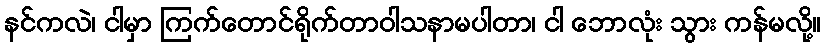
နင်ကလဲ၊ ငါမှာ ကြက်တောင်ရိုက်တာဝါသနာမပါတာ၊ ငါ ဘောလုံး သွား ကန်မလို့။